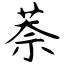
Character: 萘